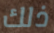
ذلك